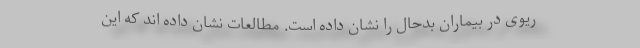
ریوی در بیماران بدحال را نشان داده است. مطالعات نشان داده اند که این